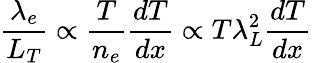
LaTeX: \frac{\lambda_{e}}{L_{T}}\propto\frac{T}{n_{e}}\frac{dT}{dx}\propto T\lambda_{L}^{2}\frac{dT}{dx}